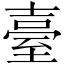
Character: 臺